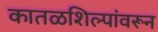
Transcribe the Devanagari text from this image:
कातळशिल्पांवरून